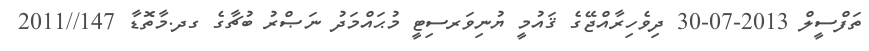
ތަފްސީލް 2013-07-30 ދިވެހިރާއްޖޭގެ ޤައުމީ ޔުނިވަރސިޓީ މުޙައްމަދު ނަޞްރު ބުޗާގެ ގދ.މާތޮޑާ 147//2011